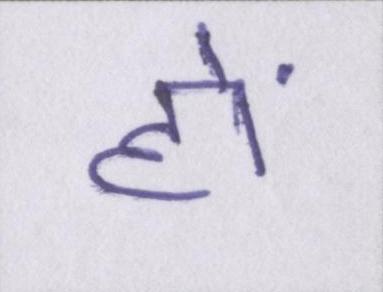
हों